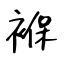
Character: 褓